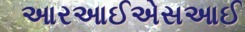
આરઆઈએસઆઈ